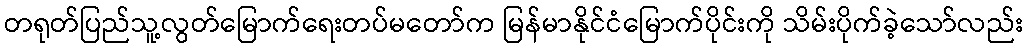
တရုတ်ပြည်သူ့လွတ်မြောက်ရေးတပ်မတော်က မြန်မာနိုင်ငံမြောက်ပိုင်းကို သိမ်းပိုက်ခဲ့သော်လည်း